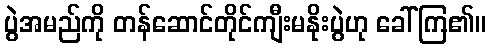
ပွဲအမည်ကို တန်ဆောင်တိုင်ကျီးမနိုးပွဲဟု ခေါ်ကြ၏။